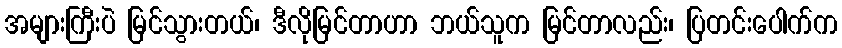
အများကြီးပဲ မြင်သွားတယ်၊ ဒီလိုမြင်တာဟာ ဘယ်သူက မြင်တာလည်း၊ ပြတင်းပေါက်က